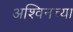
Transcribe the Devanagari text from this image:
अश्विनच्या